Indian journal of veterinary science and animal husbandry - Volume 6,
Year: 1936
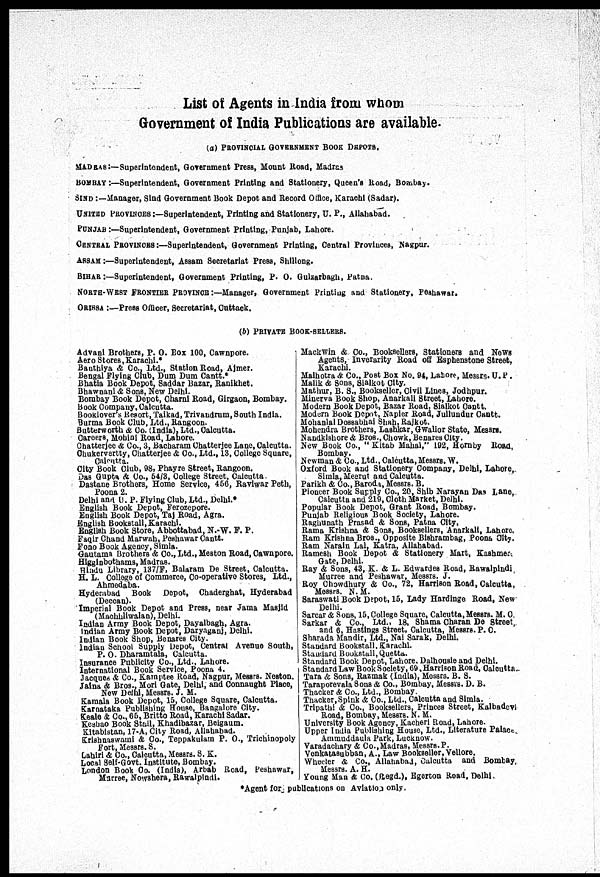
List of Agents in India from whom
Government of India Publications are available.
(a) PROVINCIAL GOVERNMENT BOOK DEPOTS.
MADRAS:—Superintendent, Government Press, Mount Road, Madras
BOMBAY:—Superintendent, Government Printing and Stationery, Queen's Road, Bombay.
SIND :—Manager, Sind Government Book Depot and Record Office, Karachi (Sadar).
UNITED PROVINCES :—Superintendent, Printing and Stationery, U. P., Allahabad.
PUNJAB :—Superintendent, Government Printing, Punjab, Lahore.
CENTRAL PROVINCES:—Superintendent, Government Printing, Central Provinces, Nagpur.
ASSAM :—Superintendent, Assam Secretariat Press, Shillong.
BIHAR :—Superintendent, Government Printing, P. O. Gulzarbagh, Patna.
NORTH-WEST FRONTIER PROVINCE:—Manager, Government Printing and Stationery, Peshawar.
ORISSA :—Press Officer, Secretariat, Cuttack.
(b) PRIVATE BOOK-SELLERS.
Advani Brothers, P. O. Box 100, Cawnpore.
Aero Stores,Karachi.*
Bauthiya & Co., Ltd., Station Road, Ajmer.
Bengal Flying Club, Dum Dum Cantt.*
Bhatia Book Depot, Saddar Bazar, Ranikhet.
Bhawnani & Sons, New Delhi.
Bombay Book Depot, Charni Road, Girgaon, Bombay.
Book Company, Calcutta.
Booklover's Resort, Taikad, Trivandrum, South India.
Burma Book Club, Ltd., Rangoon.
Butterworth & Co. (India), Ltd., Calcutta.
Careers, Mohini Road, Lahore.
Chatterjee & Co., 3, Bacharam Chatterjee Lane, Calcutta.
Chukervertty, Chatterjee & Co., Ltd., 13, College Square,
Calcutta.
City Book Club, 98, Phayre Street, Rangoon.
Das Gupta & Co., 54/3, College Street, Calcutta.
Dastane Brothers, Home Service, 456, Raviwar Peth,
Poona 2.
Delhi and U. P. Flying Club, Ltd., Delhi.*
English Book Depot, Ferozepore.
English Book Depot, Taj Road, Agra.
English Bookstall, Karachi.
English Book Store, Abbottabad, N.-W. F. P.
Faqir Chand Marwah, Peshawar Cantt.
Fono Book Agency, Simla.
Gautama Brothers & Co., Ltd., Meston Road, Cawnpore.
Higginbothams, Madras.
Hindu Library, 137/F, Balaram De Street, Calcutta.
H. L. College of Commerce, Co-operative Stores, Ltd.,
Ahmedaba.
Hyderabad
Book
Depot, Chaderghat, Hyderabad
(Deccan).
Imperial Book Depot and Press, near Jama Masjid
(Machhliwalan), Delhi.
Indian Army Book Depot, Dayalbagh, Agra.
Indian Army Book Depot, Daryaganj, Delhi.
Indian Book Shop, Benares City.
Indian School Supply Depot, Central Avenue South,
P. O. Dharamtala, Calcutta.
Insurance Publicity Co., Ltd., Lahore.
International Book Service, Poona 4.
Jacques & Co., Kamptee Road, Nagpur, Messrs. Neston.
Jaina & Bros., Mori Gate, Delhi, and Connaught Place,
New Delhi, Messrs. J. M.
Kamala Book Depot, 15, College Square, Calcutta.
Karnataka Publishing House, Bangalore City.
Keale & Co., 65, Britto Road, Karachi Sadar.
Keshao Book Stall, Khadibazar, Belgaum.
Kitabistan, 17-A, City Road, Allahabad.
Krishnaswami & Co., Teppakulam P. O., Trichinopoly
Fort, Messrs. S.
Lahiri & Co., Calcutta, Messrs. S. K.
Local Self-Govt. Institute, Bombay.
London Book Co. (India), Arbab Road, Peshawar,
Marree, Nowshera, Rawalpindi.
Mackwin & Co., Booksellers, Stationers and News
Agents, Inverarity Road off Esphenstone Street,
Karachi.
Malhotra & Co., Post Box No. 94, Lahore, Messrs. U. P .
Malik & Sons, Sialkot City.
Mathur, B. S., Bookseller, Civil Lines, Jodhpur.
Minerva Book Shop, Anarkali Street, Lahore.
Modern Book Depot, Bazar Road, Sialkot Cantt.
Modern Book Depot, Napier Road, Jullundur Cantt.
Mohanlal Dossabhai Shah, Rajkot.
Mohendra Brothers, Lashkar, Gwalior State, Messrs.
Nandkishore & Bros., Chowk, Benares City.
New Book Co., " Kitab Mahal," 192, Hornby Road,
Bombay.
Newman & Co., Ltd., Calcutta, Messrs. W.
Oxford Book and Stationery Company, Delhi, Lahore,
Simla, Meerut and Calcutta.
Parikh & Co., Baroda, Messrs. B.
Pioneer Book Supply Co., 20, Shib Narayan Das Lane,
Calcutta and 219, Cloth Market, Delhi.
Popular Book Depot, Grant Road, Bombay.
Punjab Religious Book Society, Lahore.
Raghunath Prasad & Sons, Patna City.
Rama Krishna & Sons, Booksellers, Anarkali, Lahore.
Ram Krishna Bros., Opposite Bishrambag, Poona City.
Ram Narain Lal. Katra, Allahabad.
Ramesh Book Depot & Stationery Mart, Kashmer.
Gate, Delhi.
Ray & Sons, 43, K. & L. Edwardes Road, Rawalpindi
Murree and Peshawar, Messrs. J.
Roy Chowdhury & Co., 72, Harrison Road, Calcutta,
Messrs. N.M.
Saraswati Book Depot, 15, Lady Hardinge Road, New
Delhi.
Sarcar & Sons, 15, College Square, Calcutta, Messrs. M. C.
Sarkar & Co., Ltd., 18, Shama Charan De Street,
and 6, Hastings Street, Calcutta, Messrs. P. O.
Sharada Mandir, Ltd., Nai Sarak, Delhi.
Standard Bookstall. Karachi.
Standard Bookstall,Quetta.
Standard Book Depot, Lahore. Dalhousie and Delhi.
Standard Law Book Society, 69. Harrison Road, Calcutta.
Tara & Sons, Razmak (India), Messrs. B. S.
Taraporevala Sons & Co., Bombay, Messrs. D. B.
Thacker & Co., Ltd., Bombay.
Thacker, Spink & Co., Ltd., Calcutta and Simla.
Tripathi & Co., Booksellers, Princes Street, Kalbadevi
Road, Bombay, Messrs. N.M.
University Book Agency, Kacheri Road, Lahore.
Upper India Publishing House, Ltd., Literature Palace
Ammuddaula Park, Lucknow.
Varadachary & Co., Madras, Messrs. P.
Venkatasubban, A., Law Bookseller, Vellore.
Wheeler & Co., Allahabad, Calcutta and Bombay,
Messrs. A. H.
Young Man & Co. (Regd.), Egerton Road, Delhi
*Agent for publications on Aviation only.